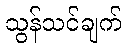
သွန်သင်ချက်